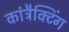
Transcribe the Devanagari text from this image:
कांट्रैक्टिंग